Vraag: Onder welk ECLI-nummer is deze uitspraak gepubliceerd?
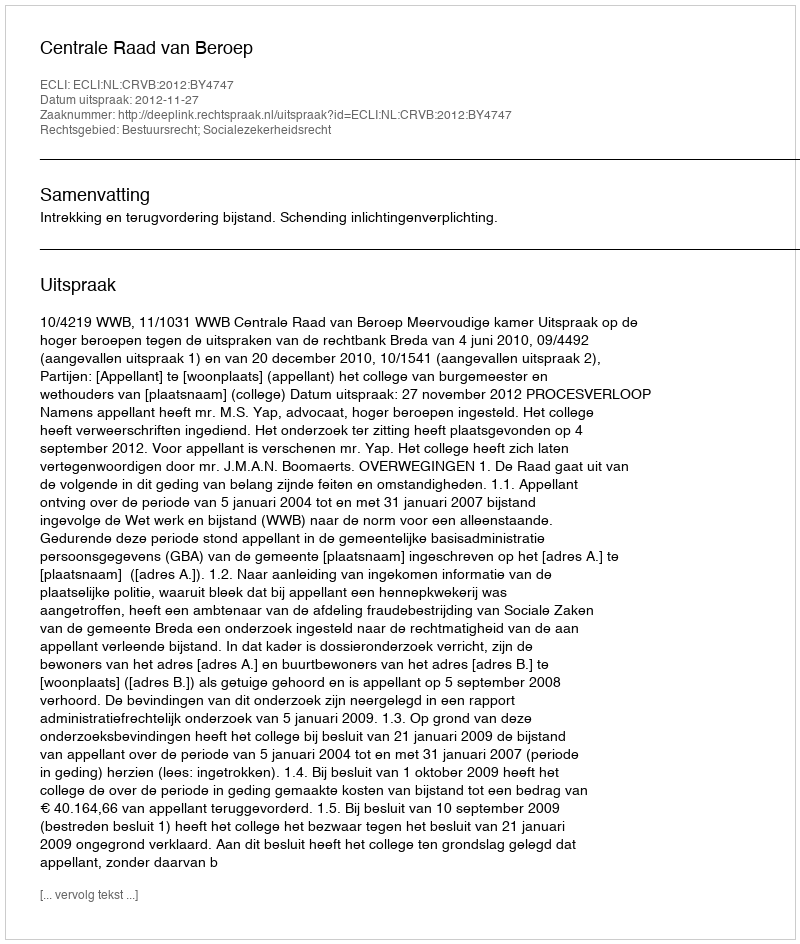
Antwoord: ECLI:NL:CRVB:2012:BY4747